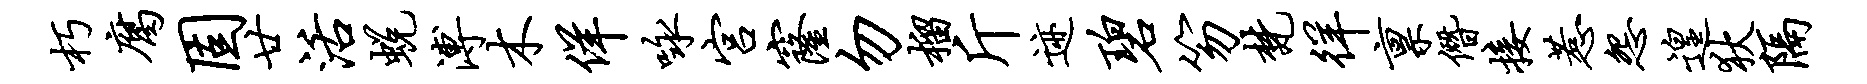
朽腐固廿活蜕溥木佯咏宫窿勿榴斤迹碧笏梵徉禀僭接惹怨遑狄隔